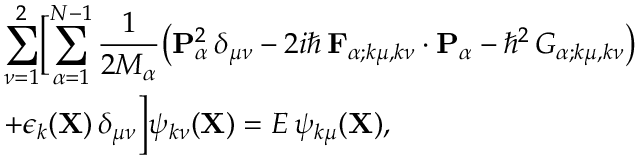
\begin{array} { r l } & { \displaystyle \sum _ { \nu = 1 } ^ { 2 } \Bigl [ \sum _ { \alpha = 1 } ^ { N - 1 } \frac { 1 } { 2 M _ { \alpha } } \bigl ( { \mathbf { P } } _ { \alpha } ^ { 2 } \, \delta _ { \mu \nu } - 2 i \hbar \, { \mathbf { F } } _ { \alpha ; k \mu , k \nu } \cdot { \mathbf { P } } _ { \alpha } - \hbar ^ { 2 } \, G _ { \alpha ; k \mu , k \nu } \bigr ) } \\ & { + \epsilon _ { k } ( { \mathbf { X } } ) \, \delta _ { \mu \nu } \Bigr ] \psi _ { k \nu } ( { \mathbf { X } } ) = E \, \psi _ { k \mu } ( { \mathbf { X } } ) , } \end{array}